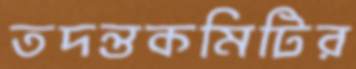
তদন্তকমিটির